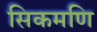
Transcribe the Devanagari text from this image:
सिकमणि